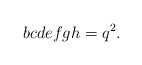
\begin{align*}bcdefgh=q^2.\end{align*}